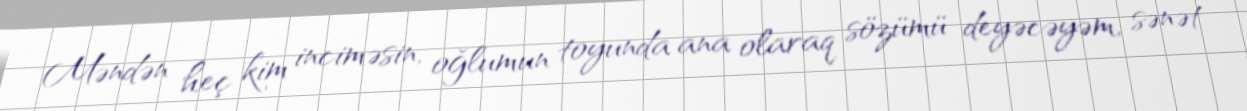
Məndən heç kim inciməsin, oğlumun toyunda ana olaraq sözümü deyəcəyəm, sənət